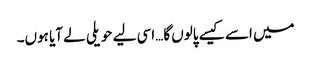
میں اسے کیسے پالوں گا…اسی لیے حویلی لے آیا ہوں۔